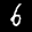
Label: 6